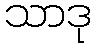
သာဒု